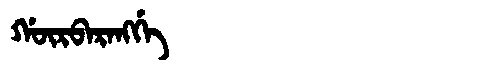
Manchu: ᡤᡡᡵᠪᠠᡵᠠᠩᡤᡝ
Romanization: GŪRBARANGGE